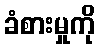
ခံစားမှုကို